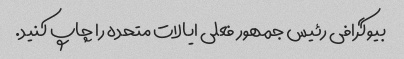
بیوگرافی رئیس جمهور فعلی ایالات متحده را چاپ کنید.